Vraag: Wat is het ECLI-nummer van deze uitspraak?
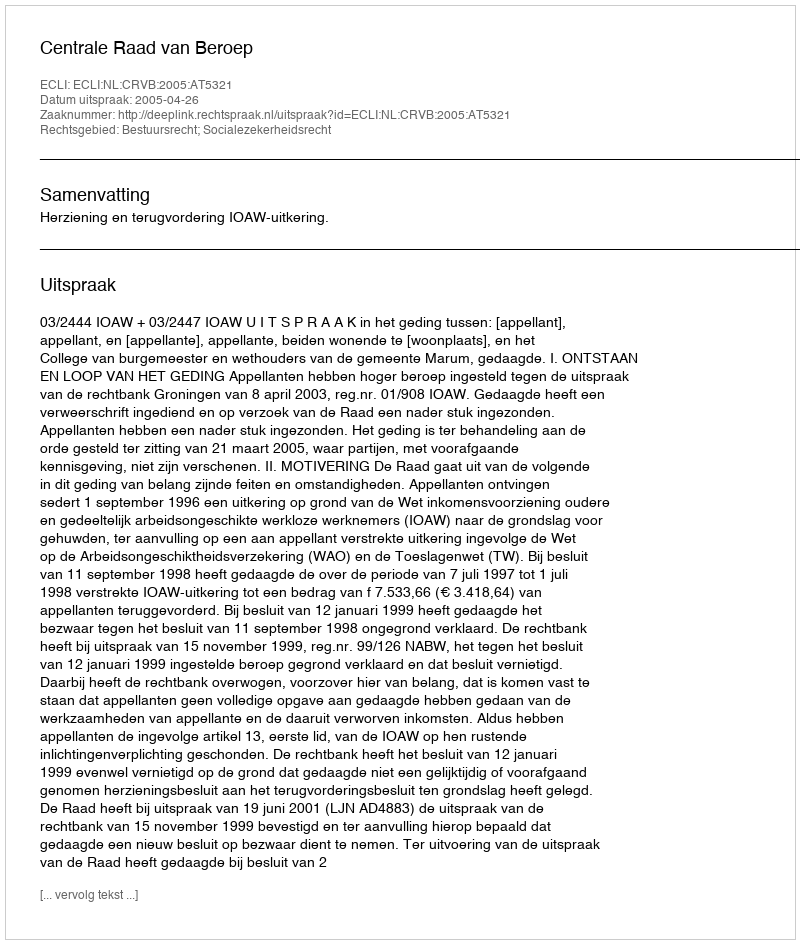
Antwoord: ECLI:NL:CRVB:2005:AT5321